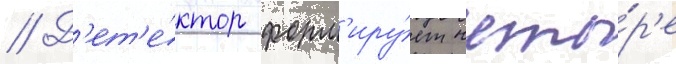
// Д'ет'е́ктор форм'иру́ет четы́р'е